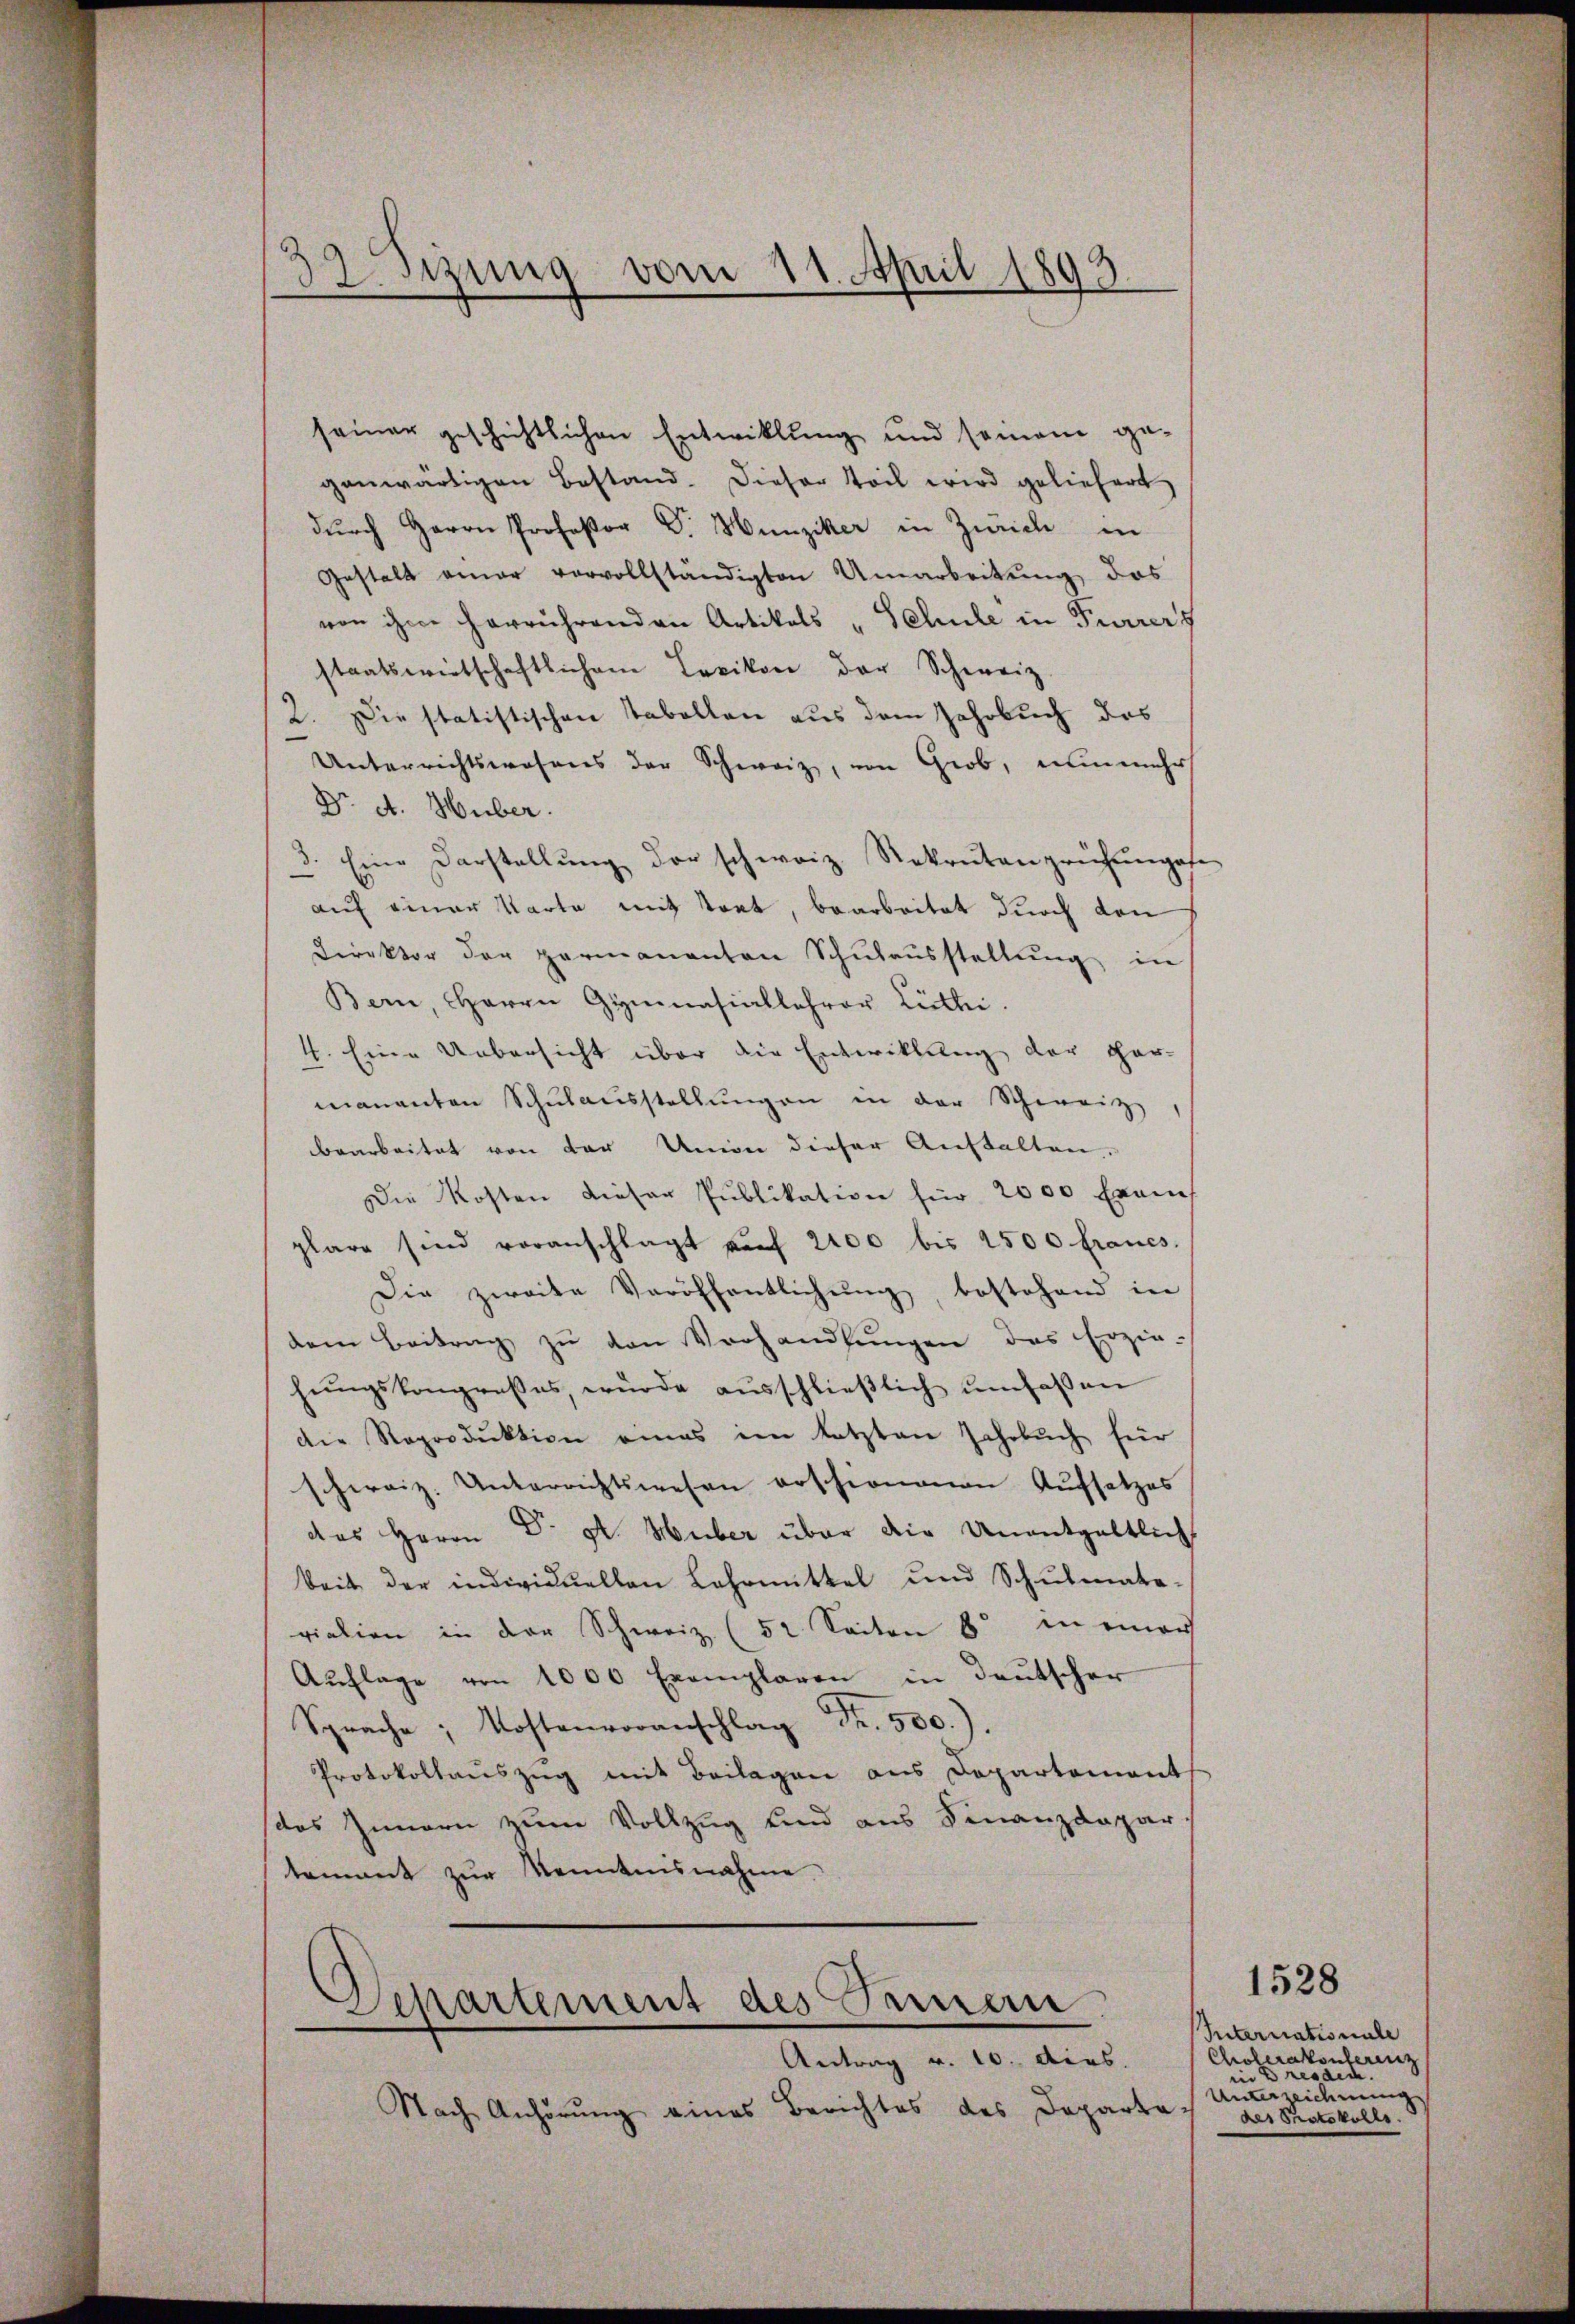
sizung vom 21. April 1893

seiner geschichtlichen Entwicklung und seinem gegenwärtigen Bestand. Dieser Teil wird geliefert
durch Herrn Professor Dr. Hunziker in Zürich in
Gestalt einer vorvollständigten Umarbeitung, das
von ihm herrührenden Artikals „Schule in Furrers
staatswirtschaftlichen Lexikon der Schweiz
2. Die statistischen Tabellen aus dem Jahrbuch das
Unterrichtswesens der Schweiz, von Grob, nunmehr
Dr. A. Huber.
3. Eine Darstellŭng der schweiz. Rekrutenprüfŭngsf
auf einer Karte mit trat, bearbeitet durch den
Direktor der Hermanenten Schŭlaŭsstellŭng in
Bern, Herrn Gymnasiallehrer Littei
4. Eine Uebersicht über die Entwicklung der Her-
mananten Schŭlaŭsstellŭngen in der Schweiz,
bearbeitet von der Union dieser Anstalten.
Die Kosten dieser Publikation für 2000 Frau
plare sind voranschlägt auf 2100 bis 2500 Francs.
Die zweite Veröffentlichung, bestehend in
dem Beitrag zu den Verhandlungen das Erzie-
hŭngskongresses, würde aŭsschlieβlich ŭmfaßen
die Reproduktion eines im letzten Jahrbŭch für
schweiz. Unterrichtswesen erschienenen Aŭfsatzes
das Herrn Dr A. Huber über die Unentgeltlich
beit der individuellen Lehrmittel und Schŭlmate-
vialien in der Schweiz (52. Seiten 8. in einer
Aŭflage von 1000 Exemplaren in Deutscher
Sprache Kostenvoranschlag Fr. 500).
Protokollauszug mit Beilagen aus Departement
das Innern zum Vollzug und aus Finanzdepar-
tement zur Kenntnisnahme
Departement des Jennern
Antrag v. 10. dies.
Nach Anhörŭng eines Berichtes des Departag

1528
Suternationale
Cholerakonferenz
in Dresdec.
Unterzeichnung
des Protokolls.